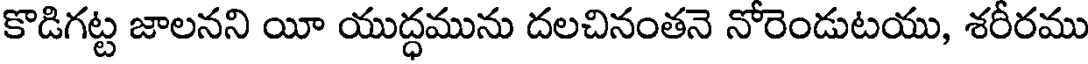
కొడిగట్ట జాలనని యీ యుద్ధమును దలచినంతనె నోరెండుటయు, శరీరము